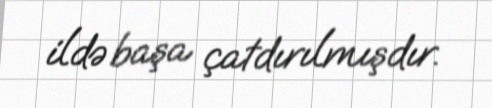
ildə başa çatdırılmışdır.